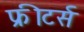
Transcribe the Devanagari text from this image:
फ्रीटर्स